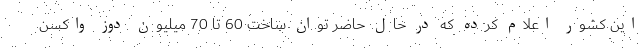
این کشور اعلام کرده که در حال حاضر توان ساخت 60 تا 70 میلیون دوز واکسن